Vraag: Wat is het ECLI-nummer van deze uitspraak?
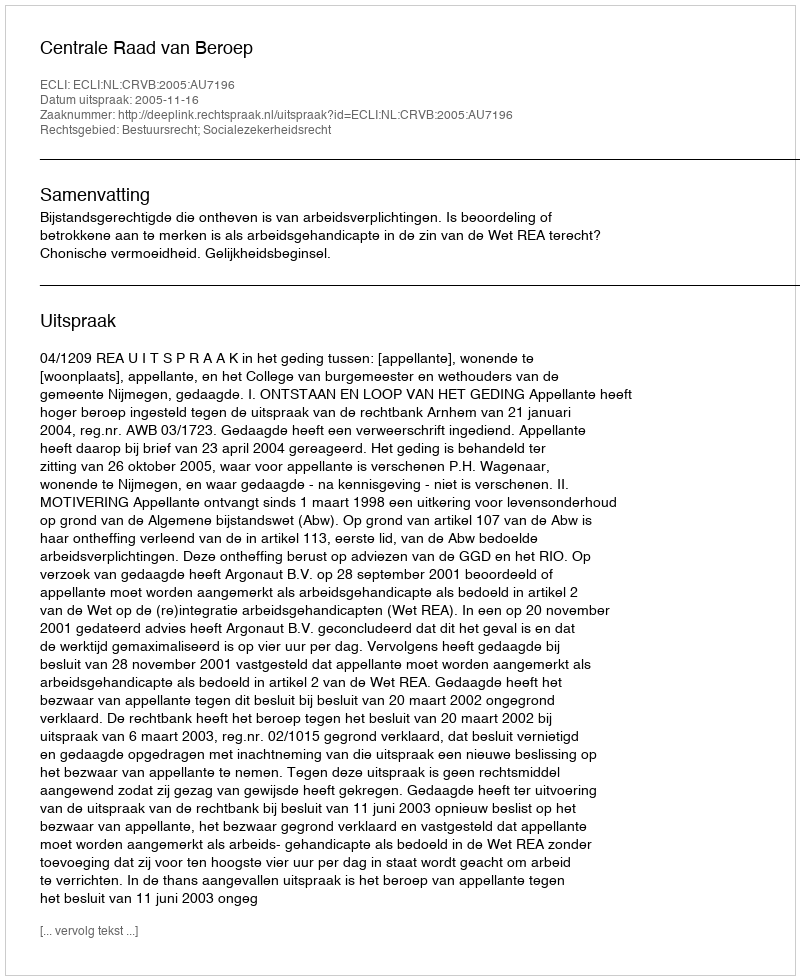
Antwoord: ECLI:NL:CRVB:2005:AU7196